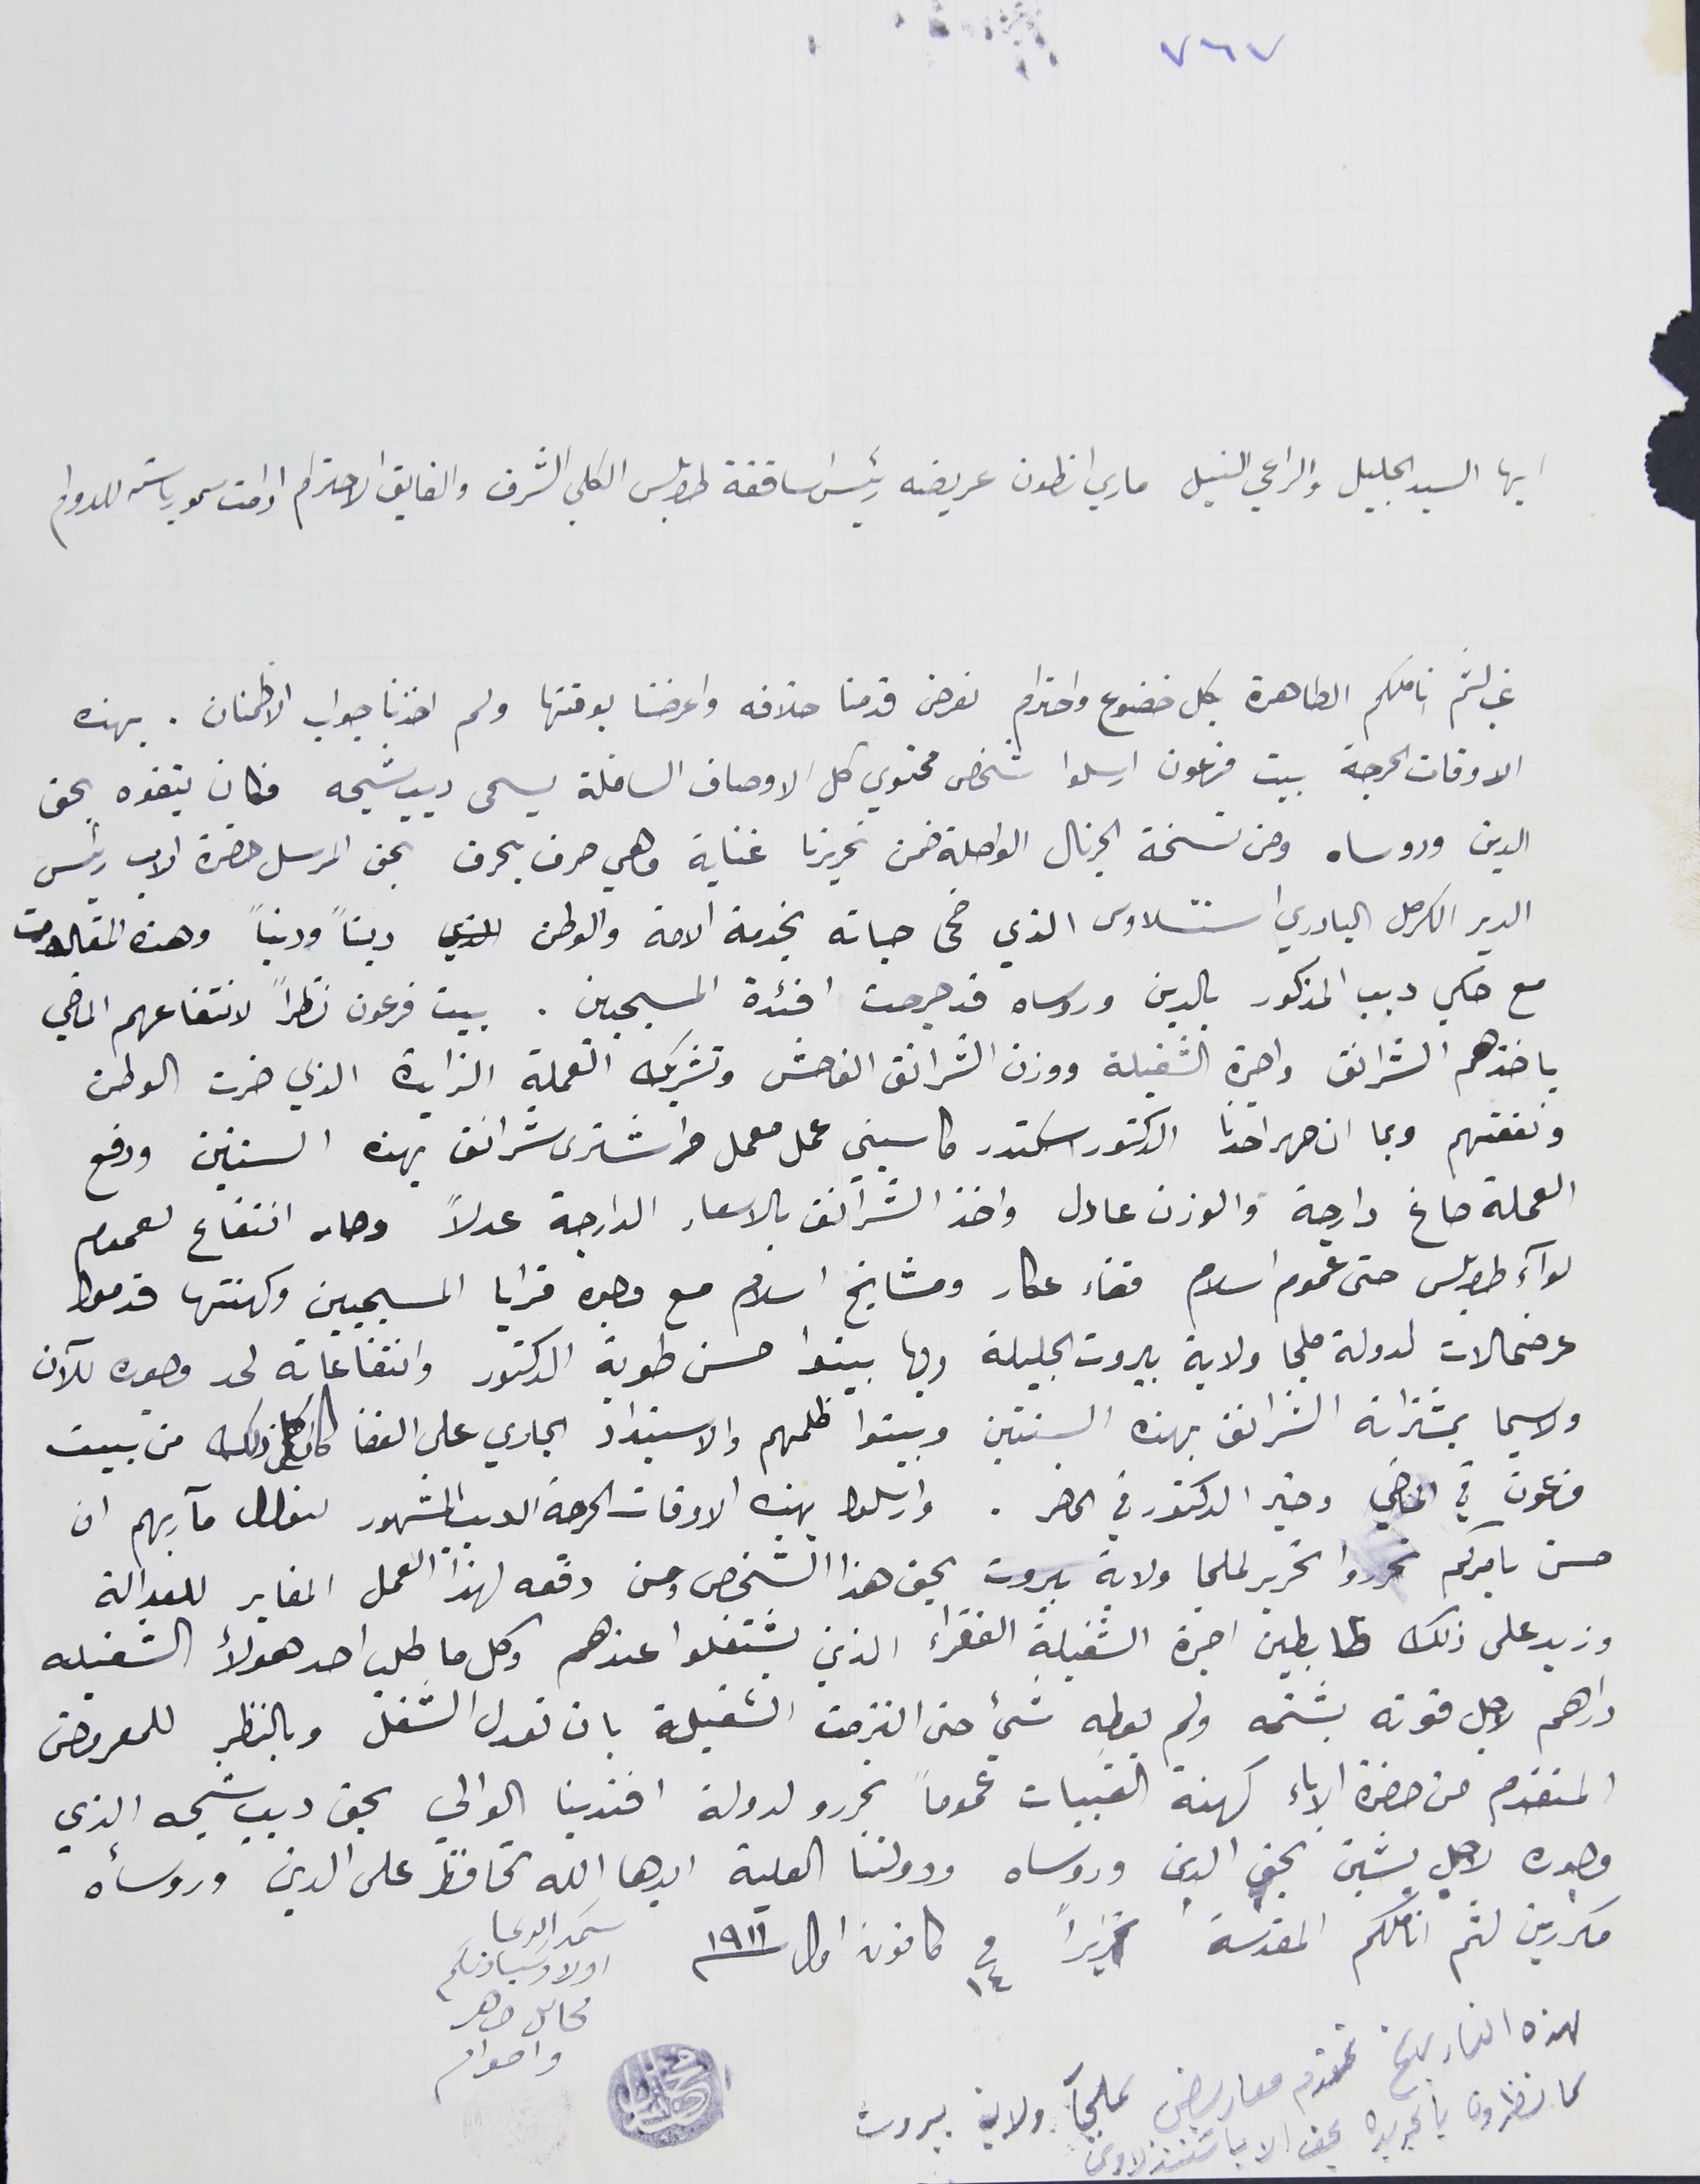
٧٦٧
  ايها السيد الجليل والراعي النبيل ماري انطون عريضه رئيس اساقفة طرابلس الكلي الشرف والفايق الاحترام ادامت سمو رياسته للدوام
غب لثم اناملكم الطاهرة بكل خضوع واحترام نعرض قدمنا خلافه واعرضنا بوقتها ولم اخذنا جواب الاطمنان. بهذه
الاوقات الحرجة بيت فرعون ارسلوا شخص محتوي كل الاوصاف السافلة يسمى ديب شيحه فكان يتفوه بحق
الدين وروساه ومن نسخة الجرنال الواصلة ضمن تحريرنا غناية وهي حرف بحرف بحق المرسل حضرة الاب رئيس
الدير الكرمل البادري استتسلاوس الذي ضحى حياته بخدمة الامة والوطن ديناً ودنياً وهذه المقالات
مع حكي ديب المذكور بالدين وروساه قد جرحت افئدة المسيحيين. بيت فرعون نظراً لانتفاعهم الماضي
باخذهم الشرانق واجرة الشغيلة ووزن الشرانق الفاحش وتشربك العملة الزايدة الذي ضرت الوطن
ونفعتهم وبما ان صهر احدنا الدكتور اسكندر كاسيني عمل معمل واشترى شرانق بهذه السنتين ودفع
العملة صاغ دارجة والوزن عادل واخذ الشرانق بالاسعار الدارجة عدلاً وصار انتفاع لعموم
لوآء طرابلس حتى عموم اسلام قضاء عكار ومشايخ اسلام مع وجوه قرايا المسيحيين وكهنتها قدموا
عرضحالات لدولة ملجا ولاية بيروت الجليلة وبها بينوا حسن طوبة الدكتور وانتفاعاته لحد وجوده للآن
ولا سيما بمشتراته الشرانق بهذه السنتين وبينوا ظلمهم والاسبتداد الجاري على القضا كان كل ذلك من بيت
فرعون في الماضي وخير الدكتور في الحاضر. وارسلوا بهذه الاوقات الحرجة الديب المشهور لنوال مآربهم ان
حسن بامركم فحرروا تحرير لملجا ولاية بيروت بحق هذا الشخص ومن دفعه لهذا العمل المغاير للعدالة
وزيد على ذلك ظابطين اجرة الشغيلة الفقراء الذين يشتغلوا عندهم وكل ما طلب احد هؤلاء الشغيله
دراهم لاجل قوته يشتمه ولم يعطِه شيء حتى التزمت الشغيلة بان تعدل الشغل وبالنظر للمعروض
المتقدم من حضرة الاباء كهنة القبيات عموماً تحررو لدولة افندينا الوالي بحق ديب شيحه الذي
وجوده لاجل يشين بحق الدين وروساه ودولتنا العلية ايدها الله تحافظ على الدين وروسأه
مكررين لثم اناملكم المقدسة تحريراً فى ١٤ كانون اول ١٩١١
سَمد الدعا اولاد سَيادتكم
محاىل ضاهر واحواىه
لهذه التاريخ تقدم معاريض لملجآ ولاية بيروت
كما نظرون بالجريده بحق الاب اسَتنذلاوس